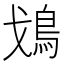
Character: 𩾷